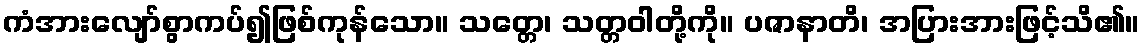
ကံအားလျော်စွာကပ်၍ဖြစ်ကုန်သော။ သတ္တေ၊ သတ္တဝါတို့ကို။ ပဇာနာတိ၊ အပြားအားဖြင့်သိ၏။